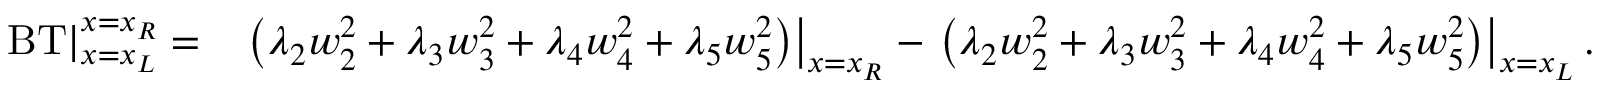
\begin{array} { r l } { \left. \operatorname { B T } \right| _ { x = x _ { L } } ^ { x = x _ { R } } = } & { \left. \left( \lambda _ { 2 } { w } _ { 2 } ^ { 2 } + \lambda _ { 3 } { w } _ { 3 } ^ { 2 } + \lambda _ { 4 } { w } _ { 4 } ^ { 2 } + \lambda _ { 5 } { w } _ { 5 } ^ { 2 } \right) \right| _ { x = x _ { R } } - \left. \left( \lambda _ { 2 } { w } _ { 2 } ^ { 2 } + \lambda _ { 3 } { w } _ { 3 } ^ { 2 } + \lambda _ { 4 } { w } _ { 4 } ^ { 2 } + \lambda _ { 5 } { w } _ { 5 } ^ { 2 } \right) \right| _ { x = x _ { L } } . } \end{array}